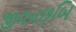
જીવનછબિ